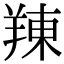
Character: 䍶